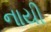
નાયી